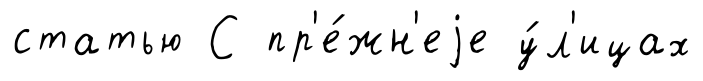
статью С пр'е́жн'еjе у́л'ицах